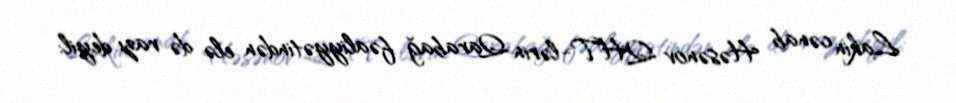
Lakin cənab Həsənov QHT-lərin Qarabağ fəaliyyətindən elə də razı deyil: